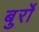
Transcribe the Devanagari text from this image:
बुर्रो